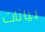
بيانات